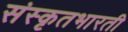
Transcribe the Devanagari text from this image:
संस्कृतभारती